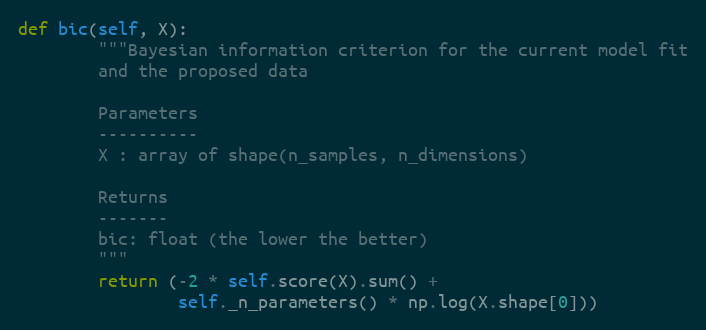
Language: Python
def bic(self, X):
        """Bayesian information criterion for the current model fit
        and the proposed data

        Parameters
        ----------
        X : array of shape(n_samples, n_dimensions)

        Returns
        -------
        bic: float (the lower the better)
        """
        return (-2 * self.score(X).sum() +
                self._n_parameters() * np.log(X.shape[0]))